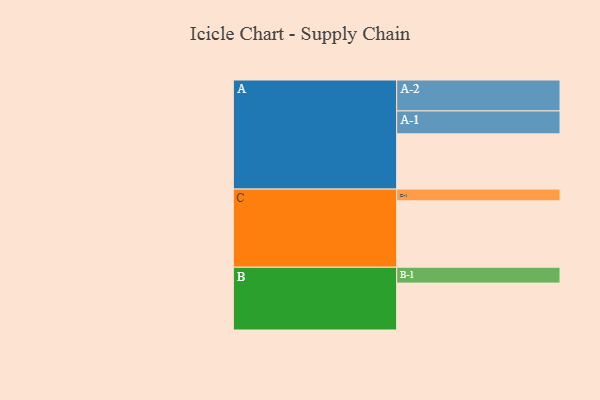
{"axis": {"x": "Segment", "y": "Value"}, "legend": ["", "A", "B", "C"], "data": [{"x": "A", "y": 491, "type": ""}, {"x": "B", "y": 417, "type": ""}, {"x": "C", "y": 591, "type": ""}, {"x": "A-1", "y": 204, "type": "A"}, {"x": "A-2", "y": 275, "type": "A"}, {"x": "B-1", "y": 141, "type": "B"}, {"x": "C-1", "y": 104, "type": "C"}]}